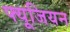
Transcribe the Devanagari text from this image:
फ्यूजियन